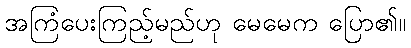
အကြံပေးကြည့်မည်ဟု မေမေက ပြော၏။